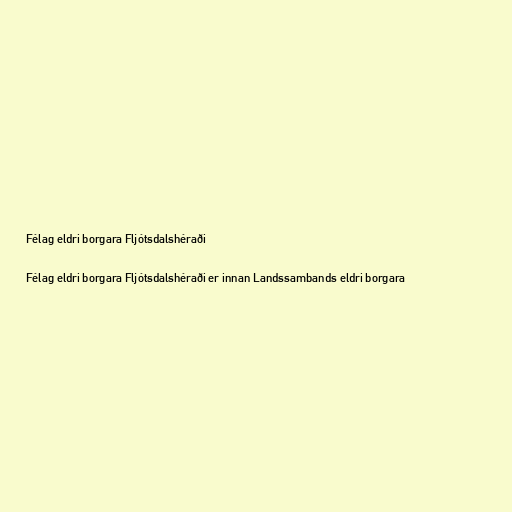
Félag eldri borgara Fljótsdalshéraði

Félag eldri borgara Fljótsdalshéraði er innan Landssambands eldri borgara